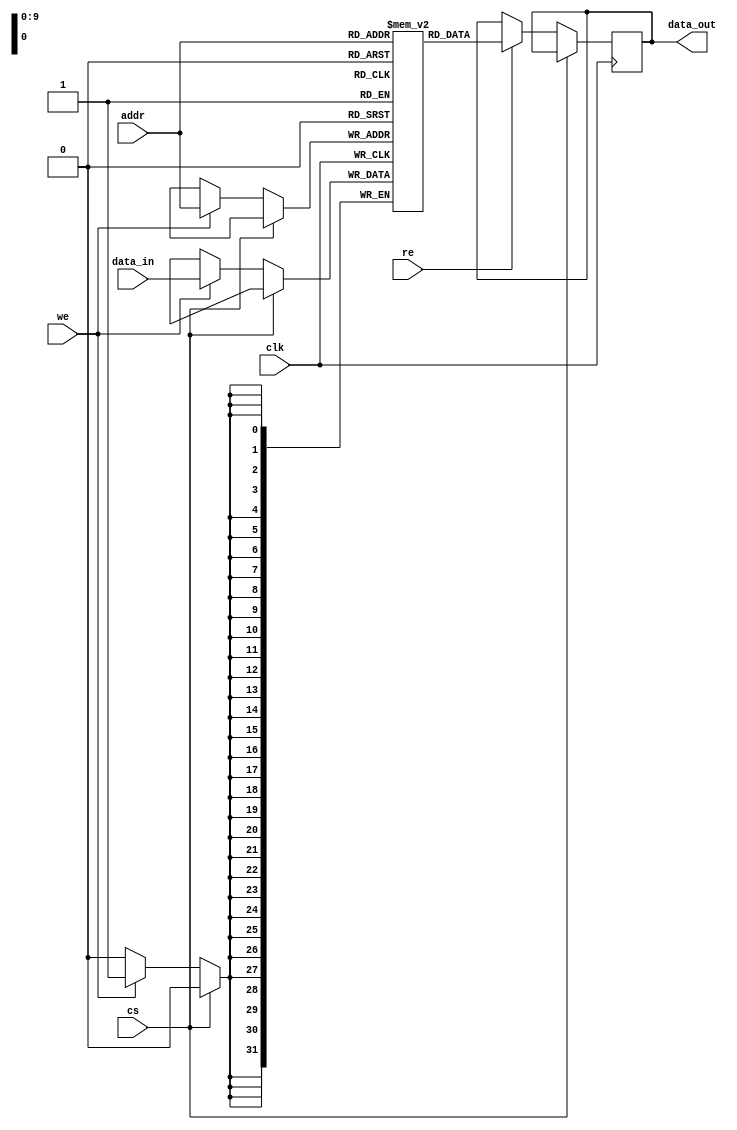
module io_blocks_cache_sram #(
    parameter DATA_WIDTH = 32,  // Width of each word (8, 16, 32 bits)
    parameter ADDR_WIDTH = 10    // Address width (for 1KB: 2^10 = 1024 words)
)(
    input wire clk,              // Clock signal
    input wire cs,               // Chip Select (active low)
    input wire we,               // Write Enable
    input wire re,               // Read Enable
    input wire [ADDR_WIDTH-1:0] addr, // Address input
    input wire [DATA_WIDTH-1:0] data_in, // Data input for write
    output reg [DATA_WIDTH-1:0] data_out // Data output for read
);

    // Memory array declaration
    reg [DATA_WIDTH-1:0] memory [(2**ADDR_WIDTH)-1:0];

    // Read and Write operations
    always @(posedge clk) begin
        if (!cs) begin // Active low chip select
            if (we) begin
                // Write operation
                memory[addr] <= data_in;
            end
            if (re) begin
                // Read operation
                data_out <= memory[addr];
            end
        end
    end

endmodule